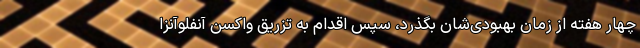
چهار هفته از زمان بهبودی‌شان بگذرد، سپس اقدام به تزریق واکسن آنفلوآنزا